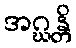
အဂ္ဃန္တိ